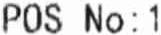
POS NO:1